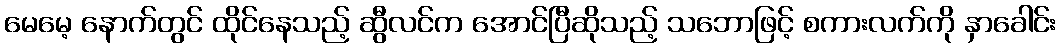
မေမေ့ နောက်တွင် ထိုင်နေသည့် ဆွီလင်က အောင်ပြီဆိုသည့် သဘောဖြင့် စကားလက်ကို နှာခေါင်း